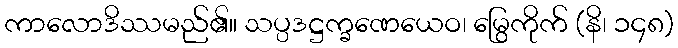
ကာလောဒိဿမည်၏။ သပ္ပဒဋ္ဌက္ခဏေယေဝ၊ မြွေကိုက် (နိ၊ ၁၄၈)